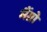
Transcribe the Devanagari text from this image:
मैंग्रो